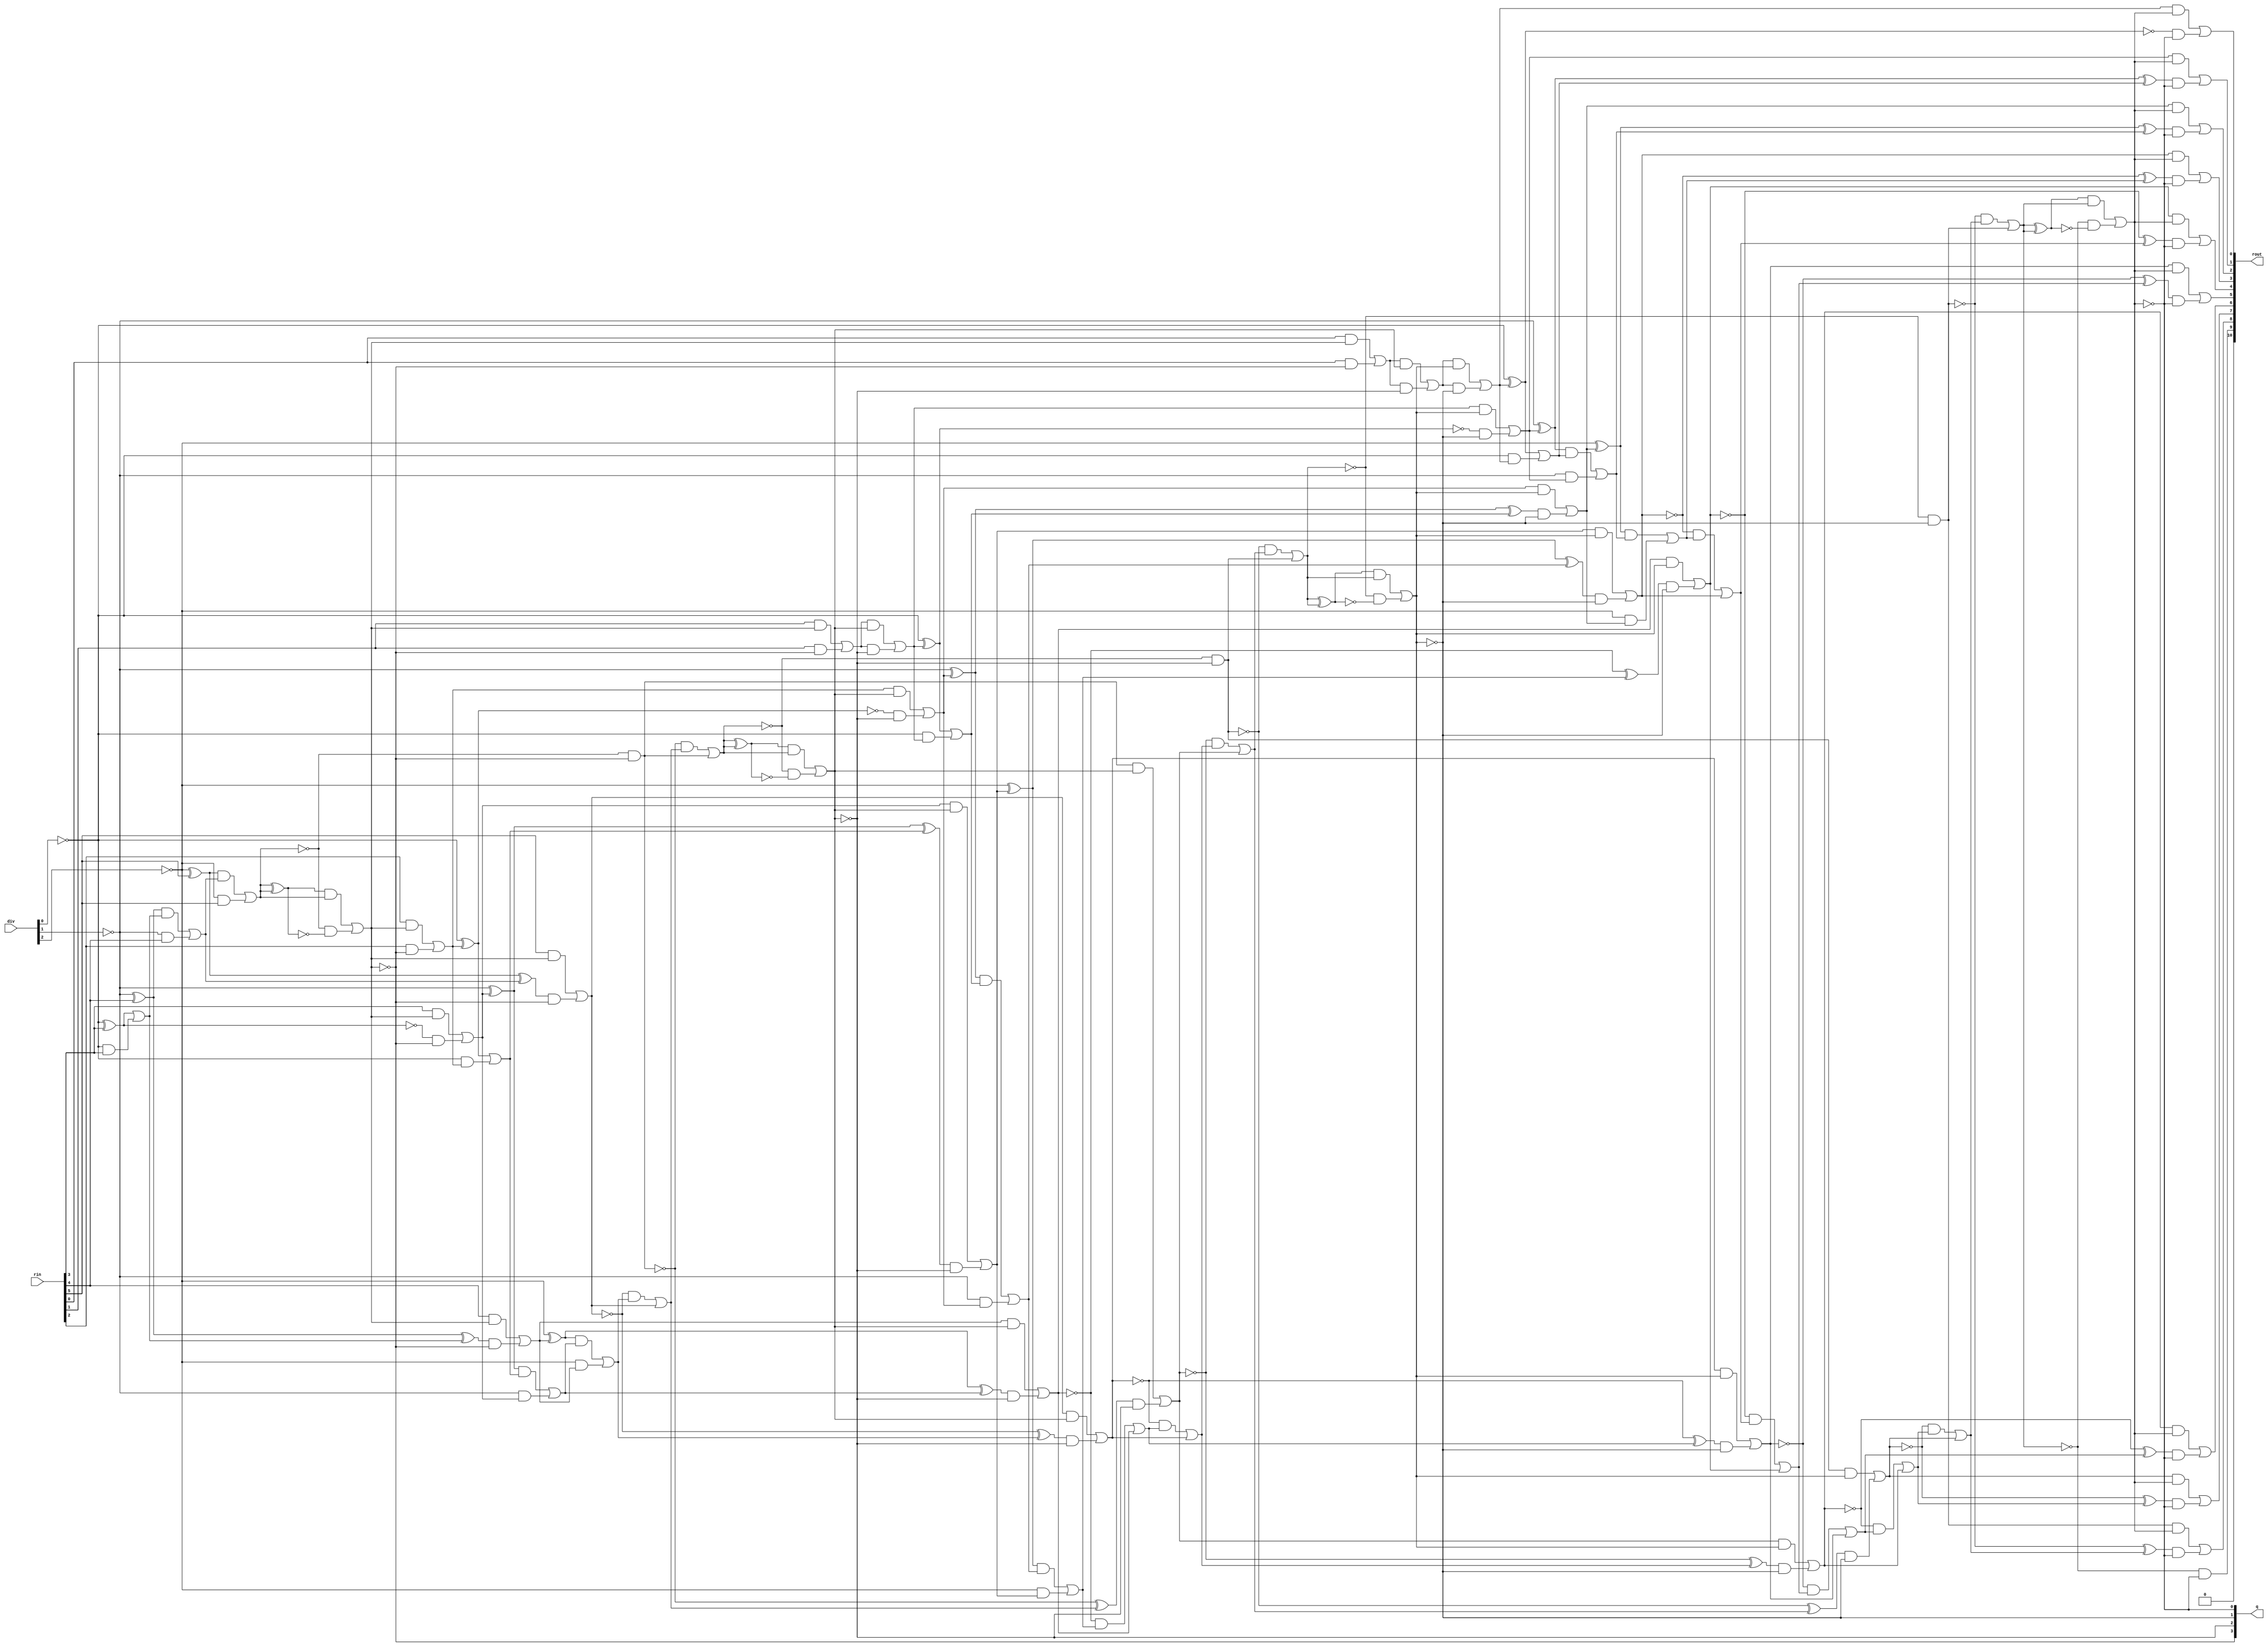
module divider(q, rout, rin, div);
  wire _0_;
  wire _1_;
  wire _2_;
  wire _3_;
  wire _4_;
  wire _5_;
  wire _6_;
  wire _7_;
  wire _8_;
  wire _9_;
  wire _10_;
  wire _11_;
  wire _12_;
  wire _13_;
  wire _14_;
  wire _15_;
  wire _16_;
  wire _17_;
  wire _18_;
  wire _19_;
  wire _20_;
  wire _21_;
  wire _22_;
  wire _23_;
  wire _24_;
  wire _25_;
  wire _26_;
  wire _27_;
  wire _28_;
  wire _29_;
  wire _30_;
  wire _31_;
  wire _32_;
  wire _33_;
  wire _34_;
  wire _35_;
  wire _36_;
  wire _37_;
  wire _38_;
  wire _39_;
  wire _40_;
  wire _41_;
  wire _42_;
  wire _43_;
  wire _44_;
  wire _45_;
  wire _46_;
  wire _47_;
  wire _48_;
  wire _49_;
  wire _50_;
  wire _51_;
  wire _52_;
  wire _53_;
  wire _54_;
  wire _55_;
  wire _56_;
  wire _57_;
  wire _58_;
  wire _59_;
  wire _60_;
  wire _61_;
  wire _62_;
  wire _63_;
  wire _64_;
  wire _65_;
  wire _66_;
  wire _67_;
  wire _68_;
  wire _69_;
  wire _70_;
  wire _71_;
  wire _72_;
  wire _73_;
  wire _74_;
  wire _75_;
  wire _76_;
  wire _77_;
  wire _78_;
  wire _79_;
  wire _80_;
  wire _81_;
  wire _82_;
  wire _83_;
  wire _84_;
  wire _85_;
  wire _86_;
  wire _87_;
  wire _88_;
  wire _89_;
  wire _90_;
  wire _91_;
  wire _92_;
  wire _93_;
  wire _94_;
  wire _95_;
  wire _96_;
  wire _97_;
  wire _98_;
  wire _99_;
  wire _100_;
  wire _101_;
  wire _102_;
  wire _103_;
  wire _104_;
  wire _105_;
  wire _106_;
  wire _107_;
  wire _108_;
  wire _109_;
  wire _110_;
  wire _111_;
  wire _112_;
  wire _113_;
  wire _114_;
  wire _115_;
  wire _116_;
  wire _117_;
  wire _118_;
  wire _119_;
  wire _120_;
  wire _121_;
  wire _122_;
  wire _123_;
  wire _124_;
  wire _125_;
  wire _126_;
  wire _127_;
  wire _128_;
  wire _129_;
  wire _130_;
  wire _131_;
  wire _132_;
  wire _133_;
  wire _134_;
  wire _135_;
  wire _136_;
  wire _137_;
  wire _138_;
  wire _139_;
  wire _140_;
  wire _141_;
  wire _142_;
  wire _143_;
  wire _144_;
  wire _145_;
  wire _146_;
  wire _147_;
  wire _148_;
  wire _149_;
  wire _150_;
  wire _151_;
  wire _152_;
  wire _153_;
  wire _154_;
  wire _155_;
  wire _156_;
  wire _157_;
  wire _158_;
  wire _159_;
  wire _160_;
  wire _161_;
  wire _162_;
  wire _163_;
  wire _164_;
  wire _165_;
  wire _166_;
  wire _167_;
  wire _168_;
  wire _169_;
  wire _170_;
  wire _171_;
  wire _172_;
  wire _173_;
  wire _174_;
  wire _175_;
  wire _176_;
  wire _177_;
  wire _178_;
  wire _179_;
  wire _180_;
  wire _181_;
  wire _182_;
  wire _183_;
  wire _184_;
  wire _185_;
  wire _186_;
  wire _187_;
  wire _188_;
  wire _189_;
  wire _190_;
  wire _191_;
  wire _192_;
  wire _193_;
  wire _194_;
  wire _195_;
  wire _196_;
  wire _197_;
  wire _198_;
  wire _199_;
  wire _200_;
  wire _201_;
  wire _202_;
  wire _203_;
  wire _204_;
  wire _205_;
  wire _206_;
  wire _207_;
  wire _208_;
  wire _209_;
  wire _210_;
  wire _211_;
  wire _212_;
  wire _213_;
  wire _214_;
  wire _215_;
  wire _216_;
  wire _217_;
  wire _218_;
  wire _219_;
  wire _220_;
  wire _221_;
  wire _222_;
  wire _223_;
  wire _224_;
  wire _225_;
  wire _226_;
  wire _227_;
  wire _228_;
  wire _229_;
  wire _230_;
  wire _231_;
  wire _232_;
  wire _233_;
  wire _234_;
  wire _235_;
  wire _236_;
  wire _237_;
  wire _238_;
  wire _239_;
  wire _240_;
  wire _241_;
  wire _242_;
  wire _243_;
  wire _244_;
  wire _245_;
  wire _246_;
  wire _247_;
  wire _248_;
  wire _249_;
  wire _250_;
  wire _251_;
  wire _252_;
  wire _253_;
  wire _254_;
  wire _255_;
  wire _256_;
  wire _257_;
  wire _258_;
  wire _259_;
  wire _260_;
  wire _261_;
  wire _262_;
  wire _263_;
  wire _264_;
  wire _265_;
  wire _266_;
  wire _267_;
  wire _268_;
  wire _269_;
  wire _270_;
  wire _271_;
  wire _272_;
  wire _273_;
  wire _274_;
  wire _275_;
  wire _276_;
  wire _277_;
  wire _278_;
  wire _279_;
  wire _280_;
  wire _281_;
  wire _282_;
  wire _283_;
  wire _284_;
  wire _285_;
  wire _286_;
  wire _287_;
  wire _288_;
  wire _289_;
  wire _290_;
  wire _291_;
  wire _292_;
  wire _293_;
  wire _294_;
  wire _295_;
  wire _296_;
  wire _297_;
  wire _298_;
  wire _299_;
  wire _300_;
  wire _301_;
  wire _302_;
  wire _303_;
  wire [6:0] r_0;
  wire [7:0] r_1;
  wire [7:0] m_1;
  wire [7:0] sum_1;
  wire [6:0] inv_1;
  wire [8:0] r_2;
  wire [8:0] m_2;
  wire [8:0] sum_2;
  wire [7:0] inv_2;
  wire [9:0] r_3;
  wire [9:0] m_3;
  wire [9:0] sum_3;
  wire [8:0] inv_3;
  wire [10:0] r_4;
  wire [10:0] m_4;
  wire [10:0] sum_4;
  wire [9:0] inv_4;
  wire zeroWire;
  wire oneWire;
  input [5:0] rin;
  input [2:0] div;
  output [3:0] q;
  output [10:0] rout;
  assign zeroWire = 1'b0 /*0*/;
  assign oneWire = 1'b1 /*0*/;
  assign r_0[0] = rin[0] /*660*/;
  assign r_0[1] = rin[1] /*659*/;
  assign r_0[2] = rin[2] /*658*/;
  assign r_0[3] = rin[3] /*657*/;
  assign r_0[4] = rin[4] /*656*/;
  assign r_0[5] = rin[5] /*655*/;
  assign r_0[6] = zeroWire /*654*/;
  assign inv_1[0] = oneWire /*504*/;
  assign inv_1[1] = oneWire /*498*/;
  assign inv_1[2] = oneWire /*492*/;
  assign inv_1[3] = ~div[0] /*486*/;
  assign inv_1[4] = ~div[1] /*480*/;
  assign inv_1[5] = ~div[2] /*474*/;
  assign inv_1[6] = oneWire /*468*/;
  assign _0_ = inv_1[0] ^ r_0[0] /*503*/;
  assign sum_1[0] = _0_ ^ oneWire /*502*/;
  assign _1_ = _0_ & oneWire /*501*/;
  assign _2_ = inv_1[0] & r_0[0] /*500*/;
  assign _3_ = _1_ | _2_ /*499*/;
  assign _4_ = inv_1[1] ^ r_0[1] /*497*/;
  assign sum_1[1] = _4_ ^ _3_ /*496*/;
  assign _5_ = _4_ & _3_ /*495*/;
  assign _6_ = inv_1[1] & r_0[1] /*494*/;
  assign _7_ = _5_ | _6_ /*493*/;
  assign _8_ = inv_1[2] ^ r_0[2] /*491*/;
  assign sum_1[2] = _8_ ^ _7_ /*490*/;
  assign _9_ = _8_ & _7_ /*489*/;
  assign _10_ = inv_1[2] & r_0[2] /*488*/;
  assign _11_ = _9_ | _10_ /*487*/;
  assign _12_ = inv_1[3] ^ r_0[3] /*485*/;
  assign sum_1[3] = _12_ ^ _11_ /*484*/;
  assign _13_ = _12_ & _11_ /*483*/;
  assign _14_ = inv_1[3] & r_0[3] /*482*/;
  assign _15_ = _13_ | _14_ /*481*/;
  assign _16_ = inv_1[4] ^ r_0[4] /*479*/;
  assign sum_1[4] = _16_ ^ _15_ /*478*/;
  assign _17_ = _16_ & _15_ /*477*/;
  assign _18_ = inv_1[4] & r_0[4] /*476*/;
  assign _19_ = _17_ | _18_ /*475*/;
  assign _20_ = inv_1[5] ^ r_0[5] /*473*/;
  assign sum_1[5] = _20_ ^ _19_ /*472*/;
  assign _21_ = _20_ & _19_ /*471*/;
  assign _22_ = inv_1[5] & r_0[5] /*470*/;
  assign _23_ = _21_ | _22_ /*469*/;
  assign _24_ = inv_1[6] ^ r_0[6] /*467*/;
  assign sum_1[6] = _24_ ^ _23_ /*466*/;
  assign _25_ = _24_ & _23_ /*465*/;
  assign _26_ = inv_1[6] & r_0[6] /*464*/;
  assign _27_ = _25_ | _26_ /*463*/;
  assign _28_ = _27_ ^ _23_ /*462*/;
  assign _29_ = ~_28_ /*461*/;
  assign _30_ = sum_1[6] & _29_ /*460*/;
  assign _31_ = _28_ & _27_ /*459*/;
  assign sum_1[7] = _31_ | _30_ /*458*/;
  assign q[3] = ~sum_1[7] /*457*/;
  assign m_1[0] = r_0[0] /*456*/;
  assign m_1[1] = r_0[1] /*455*/;
  assign m_1[2] = r_0[2] /*454*/;
  assign m_1[3] = r_0[3] /*453*/;
  assign m_1[4] = r_0[4] /*452*/;
  assign m_1[5] = r_0[5] /*451*/;
  assign m_1[6] = r_0[6] /*450*/;
  assign m_1[7] = r_0[6] /*449*/;
  assign _33_ = ~q[3] /*448*/;
  assign _34_ = sum_1[0] & q[3] /*447*/;
  assign _35_ = m_1[0] & _33_ /*446*/;
  assign r_1[0] = _35_ | _34_ /*445*/;
  assign _36_ = ~q[3] /*444*/;
  assign _37_ = sum_1[1] & q[3] /*443*/;
  assign _38_ = m_1[1] & _36_ /*442*/;
  assign r_1[1] = _38_ | _37_ /*441*/;
  assign _39_ = ~q[3] /*440*/;
  assign _40_ = sum_1[2] & q[3] /*439*/;
  assign _41_ = m_1[2] & _39_ /*438*/;
  assign r_1[2] = _41_ | _40_ /*437*/;
  assign _42_ = ~q[3] /*436*/;
  assign _43_ = sum_1[3] & q[3] /*435*/;
  assign _44_ = m_1[3] & _42_ /*434*/;
  assign r_1[3] = _44_ | _43_ /*433*/;
  assign _45_ = ~q[3] /*432*/;
  assign _46_ = sum_1[4] & q[3] /*431*/;
  assign _47_ = m_1[4] & _45_ /*430*/;
  assign r_1[4] = _47_ | _46_ /*429*/;
  assign _48_ = ~q[3] /*428*/;
  assign _49_ = sum_1[5] & q[3] /*427*/;
  assign _50_ = m_1[5] & _48_ /*426*/;
  assign r_1[5] = _50_ | _49_ /*425*/;
  assign _51_ = ~q[3] /*424*/;
  assign _52_ = sum_1[6] & q[3] /*423*/;
  assign _53_ = m_1[6] & _51_ /*422*/;
  assign r_1[6] = _53_ | _52_ /*421*/;
  assign _54_ = ~q[3] /*420*/;
  assign _55_ = sum_1[7] & q[3] /*419*/;
  assign _56_ = m_1[7] & _54_ /*418*/;
  assign r_1[7] = _56_ | _55_ /*417*/;
  assign inv_2[0] = oneWire /*380*/;
  assign inv_2[1] = oneWire /*374*/;
  assign inv_2[2] = ~div[0] /*368*/;
  assign inv_2[3] = ~div[1] /*362*/;
  assign inv_2[4] = ~div[2] /*356*/;
  assign inv_2[5] = oneWire /*350*/;
  assign inv_2[6] = oneWire /*344*/;
  assign inv_2[7] = oneWire /*338*/;
  assign _57_ = inv_2[0] ^ r_1[0] /*379*/;
  assign sum_2[0] = _57_ ^ oneWire /*378*/;
  assign _58_ = _57_ & oneWire /*377*/;
  assign _59_ = inv_2[0] & r_1[0] /*376*/;
  assign _60_ = _58_ | _59_ /*375*/;
  assign _61_ = inv_2[1] ^ r_1[1] /*373*/;
  assign sum_2[1] = _61_ ^ _60_ /*372*/;
  assign _62_ = _61_ & _60_ /*371*/;
  assign _63_ = inv_2[1] & r_1[1] /*370*/;
  assign _64_ = _62_ | _63_ /*369*/;
  assign _65_ = inv_2[2] ^ r_1[2] /*367*/;
  assign sum_2[2] = _65_ ^ _64_ /*366*/;
  assign _66_ = _65_ & _64_ /*365*/;
  assign _67_ = inv_2[2] & r_1[2] /*364*/;
  assign _68_ = _66_ | _67_ /*363*/;
  assign _69_ = inv_2[3] ^ r_1[3] /*361*/;
  assign sum_2[3] = _69_ ^ _68_ /*360*/;
  assign _70_ = _69_ & _68_ /*359*/;
  assign _71_ = inv_2[3] & r_1[3] /*358*/;
  assign _72_ = _70_ | _71_ /*357*/;
  assign _73_ = inv_2[4] ^ r_1[4] /*355*/;
  assign sum_2[4] = _73_ ^ _72_ /*354*/;
  assign _74_ = _73_ & _72_ /*353*/;
  assign _75_ = inv_2[4] & r_1[4] /*352*/;
  assign _76_ = _74_ | _75_ /*351*/;
  assign _77_ = inv_2[5] ^ r_1[5] /*349*/;
  assign sum_2[5] = _77_ ^ _76_ /*348*/;
  assign _78_ = _77_ & _76_ /*347*/;
  assign _79_ = inv_2[5] & r_1[5] /*346*/;
  assign _80_ = _78_ | _79_ /*345*/;
  assign _81_ = inv_2[6] ^ r_1[6] /*343*/;
  assign sum_2[6] = _81_ ^ _80_ /*342*/;
  assign _82_ = _81_ & _80_ /*341*/;
  assign _83_ = inv_2[6] & r_1[6] /*340*/;
  assign _84_ = _82_ | _83_ /*339*/;
  assign _85_ = inv_2[7] ^ r_1[7] /*337*/;
  assign sum_2[7] = _85_ ^ _84_ /*336*/;
  assign _86_ = _85_ & _84_ /*335*/;
  assign _87_ = inv_2[7] & r_1[7] /*334*/;
  assign _88_ = _86_ | _87_ /*333*/;
  assign _89_ = _88_ ^ _84_ /*332*/;
  assign _90_ = ~_89_ /*331*/;
  assign _91_ = sum_2[7] & _90_ /*330*/;
  assign _92_ = _89_ & _88_ /*329*/;
  assign sum_2[8] = _92_ | _91_ /*328*/;
  assign q[2] = ~sum_2[8] /*327*/;
  assign m_2[0] = r_1[0] /*326*/;
  assign m_2[1] = r_1[1] /*325*/;
  assign m_2[2] = r_1[2] /*324*/;
  assign m_2[3] = r_1[3] /*323*/;
  assign m_2[4] = r_1[4] /*322*/;
  assign m_2[5] = r_1[5] /*321*/;
  assign m_2[6] = r_1[6] /*320*/;
  assign m_2[7] = r_1[7] /*319*/;
  assign m_2[8] = r_1[7] /*318*/;
  assign _94_ = ~q[2] /*317*/;
  assign _95_ = sum_2[0] & q[2] /*316*/;
  assign _96_ = m_2[0] & _94_ /*315*/;
  assign r_2[0] = _96_ | _95_ /*314*/;
  assign _97_ = ~q[2] /*313*/;
  assign _98_ = sum_2[1] & q[2] /*312*/;
  assign _99_ = m_2[1] & _97_ /*311*/;
  assign r_2[1] = _99_ | _98_ /*310*/;
  assign _100_ = ~q[2] /*309*/;
  assign _101_ = sum_2[2] & q[2] /*308*/;
  assign _102_ = m_2[2] & _100_ /*307*/;
  assign r_2[2] = _102_ | _101_ /*306*/;
  assign _103_ = ~q[2] /*305*/;
  assign _104_ = sum_2[3] & q[2] /*304*/;
  assign _105_ = m_2[3] & _103_ /*303*/;
  assign r_2[3] = _105_ | _104_ /*302*/;
  assign _106_ = ~q[2] /*301*/;
  assign _107_ = sum_2[4] & q[2] /*300*/;
  assign _108_ = m_2[4] & _106_ /*299*/;
  assign r_2[4] = _108_ | _107_ /*298*/;
  assign _109_ = ~q[2] /*297*/;
  assign _110_ = sum_2[5] & q[2] /*296*/;
  assign _111_ = m_2[5] & _109_ /*295*/;
  assign r_2[5] = _111_ | _110_ /*294*/;
  assign _112_ = ~q[2] /*293*/;
  assign _113_ = sum_2[6] & q[2] /*292*/;
  assign _114_ = m_2[6] & _112_ /*291*/;
  assign r_2[6] = _114_ | _113_ /*290*/;
  assign _115_ = ~q[2] /*289*/;
  assign _116_ = sum_2[7] & q[2] /*288*/;
  assign _117_ = m_2[7] & _115_ /*287*/;
  assign r_2[7] = _117_ | _116_ /*286*/;
  assign _118_ = ~q[2] /*285*/;
  assign _119_ = sum_2[8] & q[2] /*284*/;
  assign _120_ = m_2[8] & _118_ /*283*/;
  assign r_2[8] = _120_ | _119_ /*282*/;
  assign inv_3[0] = oneWire /*256*/;
  assign inv_3[1] = ~div[0] /*250*/;
  assign inv_3[2] = ~div[1] /*244*/;
  assign inv_3[3] = ~div[2] /*238*/;
  assign inv_3[4] = oneWire /*232*/;
  assign inv_3[5] = oneWire /*226*/;
  assign inv_3[6] = oneWire /*220*/;
  assign inv_3[7] = oneWire /*214*/;
  assign inv_3[8] = oneWire /*208*/;
  assign _121_ = inv_3[0] ^ r_2[0] /*255*/;
  assign sum_3[0] = _121_ ^ oneWire /*254*/;
  assign _122_ = _121_ & oneWire /*253*/;
  assign _123_ = inv_3[0] & r_2[0] /*252*/;
  assign _124_ = _122_ | _123_ /*251*/;
  assign _125_ = inv_3[1] ^ r_2[1] /*249*/;
  assign sum_3[1] = _125_ ^ _124_ /*248*/;
  assign _126_ = _125_ & _124_ /*247*/;
  assign _127_ = inv_3[1] & r_2[1] /*246*/;
  assign _128_ = _126_ | _127_ /*245*/;
  assign _129_ = inv_3[2] ^ r_2[2] /*243*/;
  assign sum_3[2] = _129_ ^ _128_ /*242*/;
  assign _130_ = _129_ & _128_ /*241*/;
  assign _131_ = inv_3[2] & r_2[2] /*240*/;
  assign _132_ = _130_ | _131_ /*239*/;
  assign _133_ = inv_3[3] ^ r_2[3] /*237*/;
  assign sum_3[3] = _133_ ^ _132_ /*236*/;
  assign _134_ = _133_ & _132_ /*235*/;
  assign _135_ = inv_3[3] & r_2[3] /*234*/;
  assign _136_ = _134_ | _135_ /*233*/;
  assign _137_ = inv_3[4] ^ r_2[4] /*231*/;
  assign sum_3[4] = _137_ ^ _136_ /*230*/;
  assign _138_ = _137_ & _136_ /*229*/;
  assign _139_ = inv_3[4] & r_2[4] /*228*/;
  assign _140_ = _138_ | _139_ /*227*/;
  assign _141_ = inv_3[5] ^ r_2[5] /*225*/;
  assign sum_3[5] = _141_ ^ _140_ /*224*/;
  assign _142_ = _141_ & _140_ /*223*/;
  assign _143_ = inv_3[5] & r_2[5] /*222*/;
  assign _144_ = _142_ | _143_ /*221*/;
  assign _145_ = inv_3[6] ^ r_2[6] /*219*/;
  assign sum_3[6] = _145_ ^ _144_ /*218*/;
  assign _146_ = _145_ & _144_ /*217*/;
  assign _147_ = inv_3[6] & r_2[6] /*216*/;
  assign _148_ = _146_ | _147_ /*215*/;
  assign _149_ = inv_3[7] ^ r_2[7] /*213*/;
  assign sum_3[7] = _149_ ^ _148_ /*212*/;
  assign _150_ = _149_ & _148_ /*211*/;
  assign _151_ = inv_3[7] & r_2[7] /*210*/;
  assign _152_ = _150_ | _151_ /*209*/;
  assign _153_ = inv_3[8] ^ r_2[8] /*207*/;
  assign sum_3[8] = _153_ ^ _152_ /*206*/;
  assign _154_ = _153_ & _152_ /*205*/;
  assign _155_ = inv_3[8] & r_2[8] /*204*/;
  assign _156_ = _154_ | _155_ /*203*/;
  assign _157_ = _156_ ^ _152_ /*202*/;
  assign _158_ = ~_157_ /*201*/;
  assign _159_ = sum_3[8] & _158_ /*200*/;
  assign _160_ = _157_ & _156_ /*199*/;
  assign sum_3[9] = _160_ | _159_ /*198*/;
  assign q[1] = ~sum_3[9] /*197*/;
  assign m_3[0] = r_2[0] /*196*/;
  assign m_3[1] = r_2[1] /*195*/;
  assign m_3[2] = r_2[2] /*194*/;
  assign m_3[3] = r_2[3] /*193*/;
  assign m_3[4] = r_2[4] /*192*/;
  assign m_3[5] = r_2[5] /*191*/;
  assign m_3[6] = r_2[6] /*190*/;
  assign m_3[7] = r_2[7] /*189*/;
  assign m_3[8] = r_2[8] /*188*/;
  assign m_3[9] = r_2[8] /*187*/;
  assign _162_ = ~q[1] /*186*/;
  assign _163_ = sum_3[0] & q[1] /*185*/;
  assign _164_ = m_3[0] & _162_ /*184*/;
  assign r_3[0] = _164_ | _163_ /*183*/;
  assign _165_ = ~q[1] /*182*/;
  assign _166_ = sum_3[1] & q[1] /*181*/;
  assign _167_ = m_3[1] & _165_ /*180*/;
  assign r_3[1] = _167_ | _166_ /*179*/;
  assign _168_ = ~q[1] /*178*/;
  assign _169_ = sum_3[2] & q[1] /*177*/;
  assign _170_ = m_3[2] & _168_ /*176*/;
  assign r_3[2] = _170_ | _169_ /*175*/;
  assign _171_ = ~q[1] /*174*/;
  assign _172_ = sum_3[3] & q[1] /*173*/;
  assign _173_ = m_3[3] & _171_ /*172*/;
  assign r_3[3] = _173_ | _172_ /*171*/;
  assign _174_ = ~q[1] /*170*/;
  assign _175_ = sum_3[4] & q[1] /*169*/;
  assign _176_ = m_3[4] & _174_ /*168*/;
  assign r_3[4] = _176_ | _175_ /*167*/;
  assign _177_ = ~q[1] /*166*/;
  assign _178_ = sum_3[5] & q[1] /*165*/;
  assign _179_ = m_3[5] & _177_ /*164*/;
  assign r_3[5] = _179_ | _178_ /*163*/;
  assign _180_ = ~q[1] /*162*/;
  assign _181_ = sum_3[6] & q[1] /*161*/;
  assign _182_ = m_3[6] & _180_ /*160*/;
  assign r_3[6] = _182_ | _181_ /*159*/;
  assign _183_ = ~q[1] /*158*/;
  assign _184_ = sum_3[7] & q[1] /*157*/;
  assign _185_ = m_3[7] & _183_ /*156*/;
  assign r_3[7] = _185_ | _184_ /*155*/;
  assign _186_ = ~q[1] /*154*/;
  assign _187_ = sum_3[8] & q[1] /*153*/;
  assign _188_ = m_3[8] & _186_ /*152*/;
  assign r_3[8] = _188_ | _187_ /*151*/;
  assign _189_ = ~q[1] /*150*/;
  assign _190_ = sum_3[9] & q[1] /*149*/;
  assign _191_ = m_3[9] & _189_ /*148*/;
  assign r_3[9] = _191_ | _190_ /*147*/;
  assign inv_4[0] = ~div[0] /*132*/;
  assign inv_4[1] = ~div[1] /*126*/;
  assign inv_4[2] = ~div[2] /*120*/;
  assign inv_4[3] = oneWire /*114*/;
  assign inv_4[4] = oneWire /*108*/;
  assign inv_4[5] = oneWire /*102*/;
  assign inv_4[6] = oneWire /*96*/;
  assign inv_4[7] = oneWire /*90*/;
  assign inv_4[8] = oneWire /*84*/;
  assign inv_4[9] = oneWire /*78*/;
  assign _192_ = inv_4[0] ^ r_3[0] /*131*/;
  assign sum_4[0] = _192_ ^ oneWire /*130*/;
  assign _193_ = _192_ & oneWire /*129*/;
  assign _194_ = inv_4[0] & r_3[0] /*128*/;
  assign _195_ = _193_ | _194_ /*127*/;
  assign _196_ = inv_4[1] ^ r_3[1] /*125*/;
  assign sum_4[1] = _196_ ^ _195_ /*124*/;
  assign _197_ = _196_ & _195_ /*123*/;
  assign _198_ = inv_4[1] & r_3[1] /*122*/;
  assign _199_ = _197_ | _198_ /*121*/;
  assign _200_ = inv_4[2] ^ r_3[2] /*119*/;
  assign sum_4[2] = _200_ ^ _199_ /*118*/;
  assign _201_ = _200_ & _199_ /*117*/;
  assign _202_ = inv_4[2] & r_3[2] /*116*/;
  assign _203_ = _201_ | _202_ /*115*/;
  assign _204_ = inv_4[3] ^ r_3[3] /*113*/;
  assign sum_4[3] = _204_ ^ _203_ /*112*/;
  assign _205_ = _204_ & _203_ /*111*/;
  assign _206_ = inv_4[3] & r_3[3] /*110*/;
  assign _207_ = _205_ | _206_ /*109*/;
  assign _208_ = inv_4[4] ^ r_3[4] /*107*/;
  assign sum_4[4] = _208_ ^ _207_ /*106*/;
  assign _209_ = _208_ & _207_ /*105*/;
  assign _210_ = inv_4[4] & r_3[4] /*104*/;
  assign _211_ = _209_ | _210_ /*103*/;
  assign _212_ = inv_4[5] ^ r_3[5] /*101*/;
  assign sum_4[5] = _212_ ^ _211_ /*100*/;
  assign _213_ = _212_ & _211_ /*99*/;
  assign _214_ = inv_4[5] & r_3[5] /*98*/;
  assign _215_ = _213_ | _214_ /*97*/;
  assign _216_ = inv_4[6] ^ r_3[6] /*95*/;
  assign sum_4[6] = _216_ ^ _215_ /*94*/;
  assign _217_ = _216_ & _215_ /*93*/;
  assign _218_ = inv_4[6] & r_3[6] /*92*/;
  assign _219_ = _217_ | _218_ /*91*/;
  assign _220_ = inv_4[7] ^ r_3[7] /*89*/;
  assign sum_4[7] = _220_ ^ _219_ /*88*/;
  assign _221_ = _220_ & _219_ /*87*/;
  assign _222_ = inv_4[7] & r_3[7] /*86*/;
  assign _223_ = _221_ | _222_ /*85*/;
  assign _224_ = inv_4[8] ^ r_3[8] /*83*/;
  assign sum_4[8] = _224_ ^ _223_ /*82*/;
  assign _225_ = _224_ & _223_ /*81*/;
  assign _226_ = inv_4[8] & r_3[8] /*80*/;
  assign _227_ = _225_ | _226_ /*79*/;
  assign _228_ = inv_4[9] ^ r_3[9] /*77*/;
  assign sum_4[9] = _228_ ^ _227_ /*76*/;
  assign _229_ = _228_ & _227_ /*75*/;
  assign _230_ = inv_4[9] & r_3[9] /*74*/;
  assign _231_ = _229_ | _230_ /*73*/;
  assign _232_ = _231_ ^ _227_ /*72*/;
  assign _233_ = ~_232_ /*71*/;
  assign _234_ = sum_4[9] & _233_ /*70*/;
  assign _235_ = _232_ & _231_ /*69*/;
  assign sum_4[10] = _235_ | _234_ /*68*/;
  assign q[0] = ~sum_4[10] /*67*/;
  assign m_4[0] = r_3[0] /*66*/;
  assign m_4[1] = r_3[1] /*65*/;
  assign m_4[2] = r_3[2] /*64*/;
  assign m_4[3] = r_3[3] /*63*/;
  assign m_4[4] = r_3[4] /*62*/;
  assign m_4[5] = r_3[5] /*61*/;
  assign m_4[6] = r_3[6] /*60*/;
  assign m_4[7] = r_3[7] /*59*/;
  assign m_4[8] = r_3[8] /*58*/;
  assign m_4[9] = r_3[9] /*57*/;
  assign m_4[10] = r_3[9] /*56*/;
  assign _237_ = ~q[0] /*55*/;
  assign _238_ = sum_4[0] & q[0] /*54*/;
  assign _239_ = m_4[0] & _237_ /*53*/;
  assign r_4[0] = _239_ | _238_ /*52*/;
  assign _240_ = ~q[0] /*51*/;
  assign _241_ = sum_4[1] & q[0] /*50*/;
  assign _242_ = m_4[1] & _240_ /*49*/;
  assign r_4[1] = _242_ | _241_ /*48*/;
  assign _243_ = ~q[0] /*47*/;
  assign _244_ = sum_4[2] & q[0] /*46*/;
  assign _245_ = m_4[2] & _243_ /*45*/;
  assign r_4[2] = _245_ | _244_ /*44*/;
  assign _246_ = ~q[0] /*43*/;
  assign _247_ = sum_4[3] & q[0] /*42*/;
  assign _248_ = m_4[3] & _246_ /*41*/;
  assign r_4[3] = _248_ | _247_ /*40*/;
  assign _249_ = ~q[0] /*39*/;
  assign _250_ = sum_4[4] & q[0] /*38*/;
  assign _251_ = m_4[4] & _249_ /*37*/;
  assign r_4[4] = _251_ | _250_ /*36*/;
  assign _252_ = ~q[0] /*35*/;
  assign _253_ = sum_4[5] & q[0] /*34*/;
  assign _254_ = m_4[5] & _252_ /*33*/;
  assign r_4[5] = _254_ | _253_ /*32*/;
  assign _255_ = ~q[0] /*31*/;
  assign _256_ = sum_4[6] & q[0] /*30*/;
  assign _257_ = m_4[6] & _255_ /*29*/;
  assign r_4[6] = _257_ | _256_ /*28*/;
  assign _258_ = ~q[0] /*27*/;
  assign _259_ = sum_4[7] & q[0] /*26*/;
  assign _260_ = m_4[7] & _258_ /*25*/;
  assign r_4[7] = _260_ | _259_ /*24*/;
  assign _261_ = ~q[0] /*23*/;
  assign _262_ = sum_4[8] & q[0] /*22*/;
  assign _263_ = m_4[8] & _261_ /*21*/;
  assign r_4[8] = _263_ | _262_ /*20*/;
  assign _264_ = ~q[0] /*19*/;
  assign _265_ = sum_4[9] & q[0] /*18*/;
  assign _266_ = m_4[9] & _264_ /*17*/;
  assign r_4[9] = _266_ | _265_ /*16*/;
  assign _267_ = ~q[0] /*15*/;
  assign _268_ = sum_4[10] & q[0] /*14*/;
  assign _269_ = m_4[10] & _267_ /*13*/;
  assign r_4[10] = _269_ | _268_ /*12*/;
  assign rout[0] = r_4[0] /*0*/;
  assign rout[1] = r_4[1] /*1*/;
  assign rout[2] = r_4[2] /*2*/;
  assign rout[3] = r_4[3] /*3*/;
  assign rout[4] = r_4[4] /*4*/;
  assign rout[5] = r_4[5] /*5*/;
  assign rout[6] = r_4[6] /*6*/;
  assign rout[7] = r_4[7] /*7*/;
  assign rout[8] = r_4[8] /*8*/;
  assign rout[9] = r_4[9] /*9*/;
  assign rout[10] = r_4[10] /*10*/;
endmodule